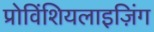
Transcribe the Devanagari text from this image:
प्रोविंशियलाइज़िंग